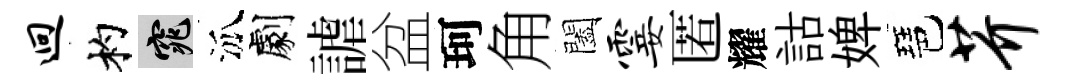
迥杓窕泒劇謔盆珂角闔霎匿耀詁婢琶芥